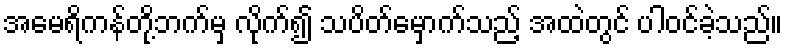
အမေရိကန်တို့ဘက်မှ လိုက်၍ သပိတ်မှောက်သည့် အထဲတွင် ပါဝင်ခဲ့သည်။